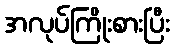
အလုပ်ကြိုးစားပြီး